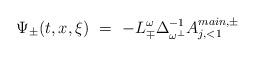
LaTeX: \begin{align*} \Psi_{\pm}(t,x,\xi) \ = \ - L^\omega_{\mp} \Delta^{-1}_{\omega^\perp} A^{main,\pm}_{j,<1}\end{align*}